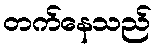
တက်နေသည်